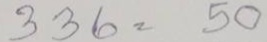
336 = 50